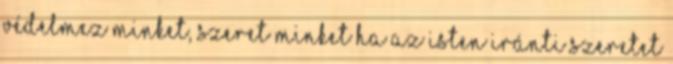
védelmez minket, szeret minket Ha az Isten iránti szeretet